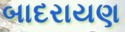
બાદરાયણ